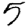
Digit: 5